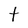
Character: t